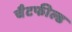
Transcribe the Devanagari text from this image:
चैटफील्ड